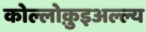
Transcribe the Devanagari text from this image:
कोल्लोक़ुइअल्ल्य